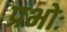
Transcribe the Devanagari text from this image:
प्रभोः